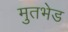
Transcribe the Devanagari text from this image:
मुतभेड